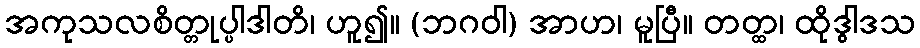
အကုသလစိတ္တုပ္ပါဒါတိ၊ ဟူ၍။ (ဘဂဝါ) အာဟ၊ မူပြီ။ တတ္ထ၊ ထိုဒွါဒသ